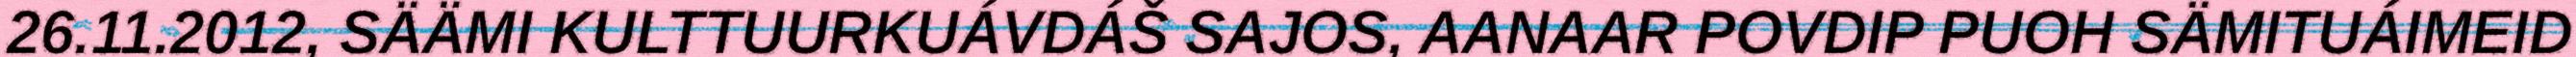
26.11.2012, SÄÄMI KULTTUURKUÁVDÁŠ SAJOS, AANAAR POVDIP PUOH SÄMITUÁIMEID